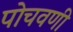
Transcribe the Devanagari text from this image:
पोचवणी